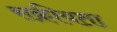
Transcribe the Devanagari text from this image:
सक्रीयता